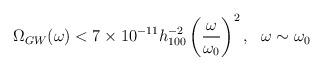
LaTeX: \begin{align*}\Omega_{GW}(\omega)< 7\times 10^{-11} h_{100}^{-2} \left(\frac{\omega}{\omega_{0}}\right)^2,~~\omega\sim \omega_{0}\end{align*}